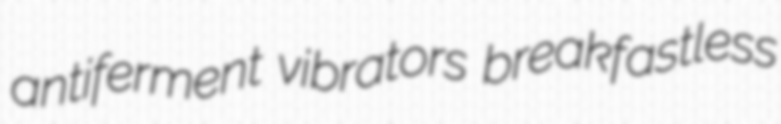
antiferment vibrators breakfastless